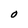
Character: 0